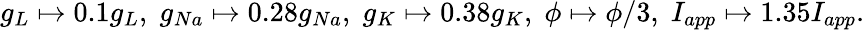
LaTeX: g_{L}\mapsto 0.1g_{L},\; g_{Na}\mapsto 0.28g_{Na},\; g_{K}\mapsto 0.38g_{K},\; \phi\mapsto\phi/3,\; I_{app}\mapsto 1.35I_{app}.